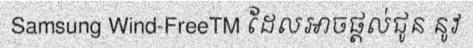
Samsung Wind-FreeTM ដែលអាចផ្តល់ជូន នូវ